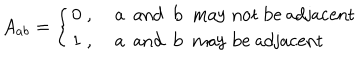
A _ { a b } = \left\{ \begin{array} { l l } { { 0 \; , } } & { { \mathrm { ~ a ~ a n d ~ b ~ m a y ~ n o t ~ b e ~ a d j a c e n t } } } \\ { { 1 \; , } } & { { \mathrm { ~ a ~ a n d ~ b ~ m a y ~ b e ~ a d j a c e n t } } } \\ \end{array} \right.